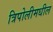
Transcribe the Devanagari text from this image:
त्रिपोलीमधील